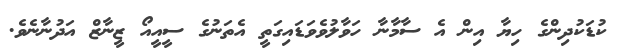
ކުޑަކުދިންގެ ހިޔާ އިން އެ ސާމާނާ ހަވާލުވެވަޑައިގަތީ އެތަނުގެ ސީއީއޯ ޒީނާޒް އަދުނާނެވެ.